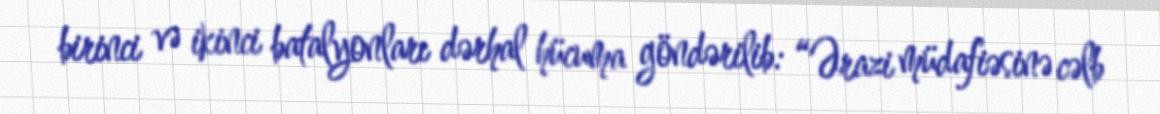
birinci və ikinci batalyonları dərhal hücuma göndərilib: “Ərazi müdafiəsinə cəlb